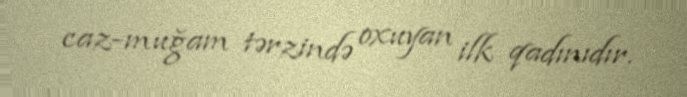
caz-muğam tərzində oxuyan ilk qadınıdır.